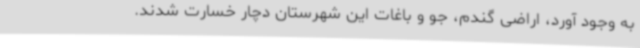
به وجود آورد، اراضی گندم، جو و باغات این شهرستان دچار خسارت شدند.